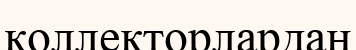
коллекторлардан